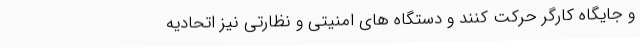
و جایگاه کارگر حرکت کنند و دستگاه های امنیتی و نظارتی نیز اتحادیه